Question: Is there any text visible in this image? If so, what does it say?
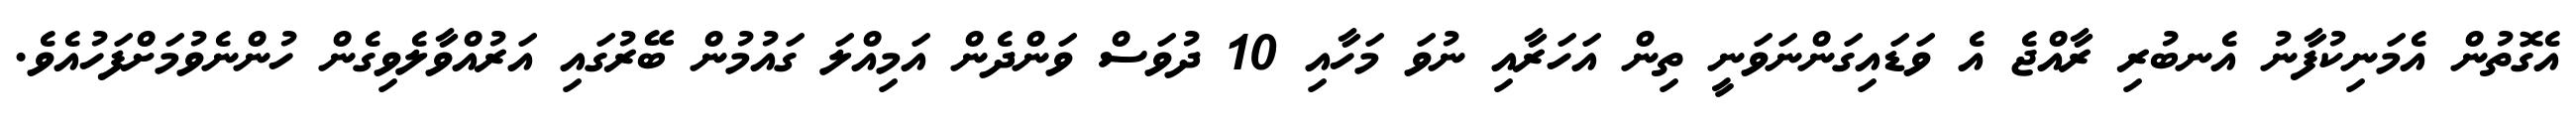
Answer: އެގޮތުން އެމަނިކުފާނު އެނބުރި ރާއްޖެ އެ ވަޑައިގަންނަވަނީ ތިން އަހަރާއި ނުވަ މަހާއި 10 ދުވަސް ވަންދެން އަމިއްލަ ގައުމުން ބޭރުގައި އަރުއްވާލެވިގެން ހުންނެވުމަށްފަހުއެވެ.